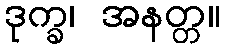
ဒုက္ခ၊ အနတ္တ။